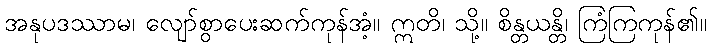
အနုပဒဿာမ၊ လျော်စွာပေးဆက်ကုန်အံ့။ ဣတိ၊ သို့။ စိန္တယန္တိ၊ ကြံကြကုန်၏။